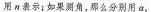
用n表示；如果测角，那么分别用α，